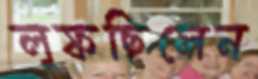
লুফছিলেন